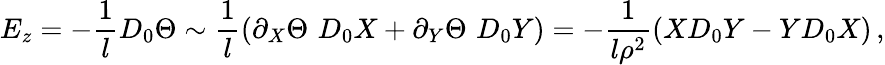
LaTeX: E_{z}=-{\frac{1}{l}}D_{0}\Theta\sim{\frac{1}{l}}(\partial_{X}\Theta\, \, D_{0}X+\partial_{Y}\Theta\, \, D_{0}Y)=-{\frac{1}{l\rho^{2}}}(XD_{0}Y-YD_{0}X)\, ,